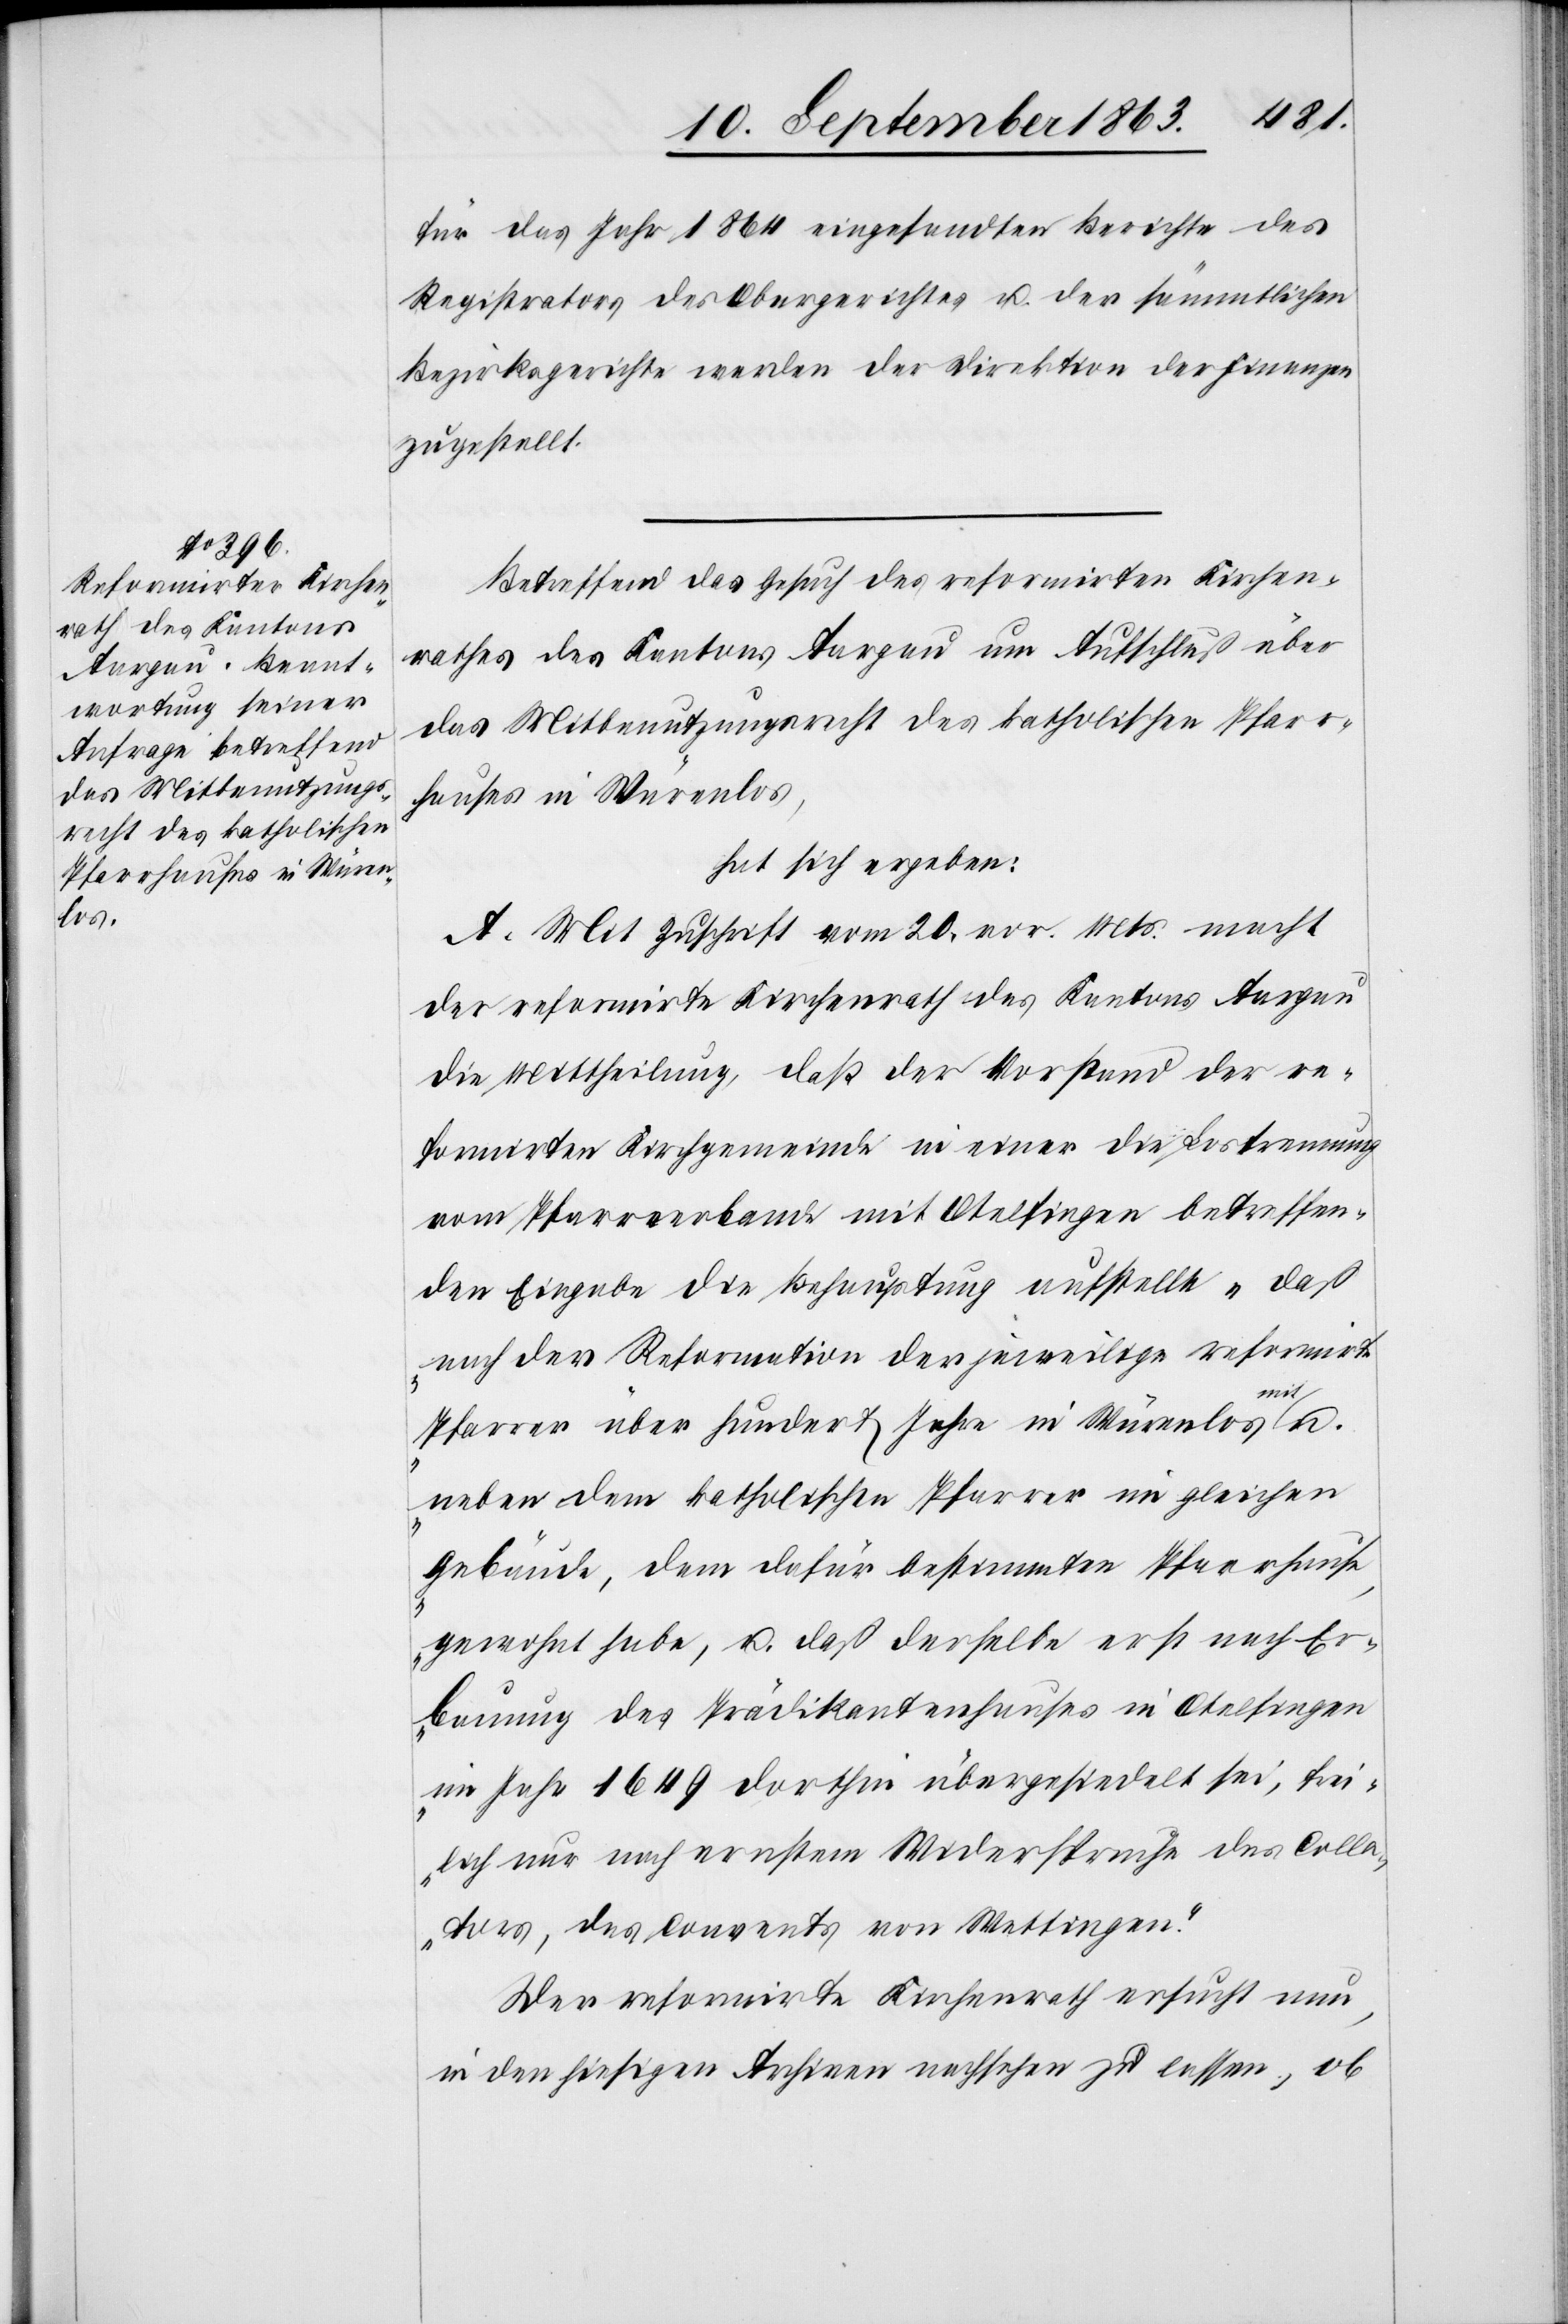
für das Jahr 1864 eingesandten Berichte des
Registrators des Obergerichtes u. der sämmtlichen
Bezirksgerichte werden der Direktion der Finanzen
zugestellt.
Betreffend das Gesuch des reformirten Kirchen¬
rathes des Kantons Aargau um Aufschluß über
das Mitbenutzungsrecht des katholischen Pfarr¬
hauses in Würenlos,
hat sich ergeben:
A. Mit Zuschrift vom 20. vor. Mts. macht
der reformirte Kirchenrath des Kantons Aargau
die Mittheilung, daß der Vorstand der re¬
formirten Kirchgemeinde in einer die Lostrennung
vom Pfarrverbande mit Otelfingen betreffen¬
den Eingabe die Behauptung aufstelle „daß
nach der Reformation der jeweilige reformirte
Pfarrer über hundert Jahre in Würenlos mit
neben dem katholischen Pfarrer im gleichen
Gebäude, dem dafür bestimmten Pfarrhause,
gewohnt habe, u. daß derselbe erst nach Er¬
bauung des Prädikantenhauses in Otelfingen
im Jahr 1649 dorthin übergesiedelt sei, frei¬
lich nur nach ernstem Widerspruche des Colla¬
tors, des Convents von Wettingen.“
Der reformirte Kirchenrath ersucht nun,
in den hiesigen Archiven nachsehen zu lassen, ob